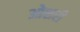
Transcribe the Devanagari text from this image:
ओशरी